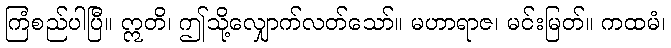
ကြံစည်ပါပြီ။ ဣတိ၊ ဤသို့လျှောက်လတ်သော်။ မဟာရာဇ၊ မင်းမြတ်။ ကထမံ၊